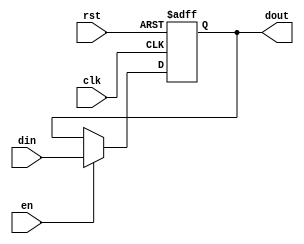
`timescale 1ns / 1ps
//////////////////////////////////////////////////////////////////////////////////
// Company: 
// Engineer: 
// 
// Design Name: 
// Module Name: dff
// Project Name: 
// Target Devices: 
// Tool Versions: 
// Description: 
// 
// Dependencies: 
// 
// Revision:
// Revision 0.01 - File Created
// Additional Comments:
// 
//////////////////////////////////////////////////////////////////////////////////


module dff(
input clk,rst,din,en,
output reg dout
    );
   
    always@ (posedge clk or negedge rst)
    begin
    if(!rst)
       dout<=1'b0;
    else if(en)
       dout<=din;
    end
endmodule